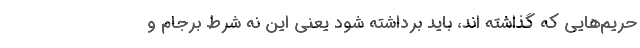
حریم‌هایی که گذاشته اند، باید برداشته شود یعنی این نه شرط برجام و